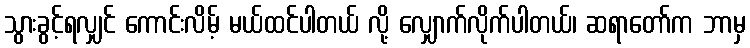
သွားခွင့်ရလျှင် ကောင်းလိမ့် မယ်ထင်ပါတယ် လို့ လျှောက်လိုက်ပါတယ်၊ ဆရာတော်က ဘာမှ